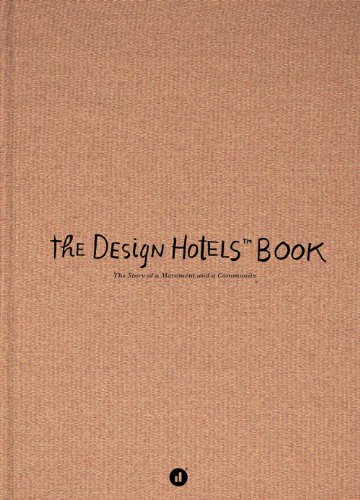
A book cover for The Design Hotels Book: Edition 2013; Travel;